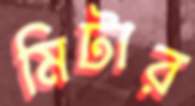
মিটার